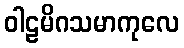
ဝါဠမိဂသမာကုလေ